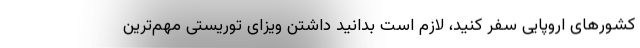
کشورهای اروپایی سفر کنید، لازم است بدانید داشتن ویزای توریستی مهم‌ترین